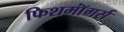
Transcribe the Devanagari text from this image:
फिशमॉंगर्स